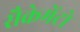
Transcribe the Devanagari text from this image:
सैक्रेमेंटो